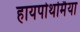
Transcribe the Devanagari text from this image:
हायपोथर्मिया